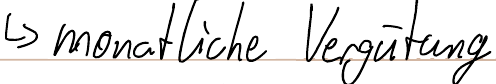
-> monatliche Vergütung